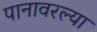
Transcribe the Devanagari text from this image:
पानावरल्या